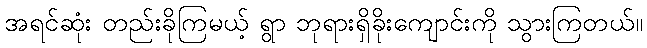
အရင်ဆုံး တည်းခိုကြမယ့် ရွာ ဘုရားရှိခိုးကျောင်းကို သွားကြတယ်။